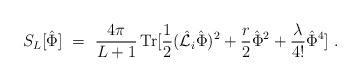
\begin{align*}S_L[{\hat\Phi}]\ =\ {4\pi\over L+1}\, {\rm Tr} [{1\over2}({\hat{\cal L}}_i{\hat\Phi})^2 + {r\over 2}{\hat\Phi}^2 +{\lambda\over 4!}{\hat\Phi}^4]\ .\end{align*}